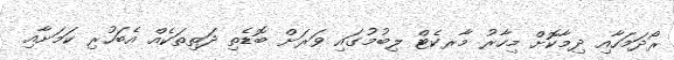
ރޯދަމަހާއި ދިމާކޮށް މިހާރު މާރކެޓް ލިބުމުގައި ވަރަށް ބޮޑެތި ދަތިތަކެއް އެބަހުރި ކަމަށާއި